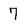
Character: 7